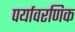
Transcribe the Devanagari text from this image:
पर्यावरणिक